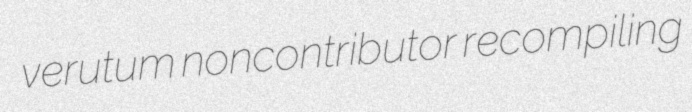
verutum noncontributor recompiling